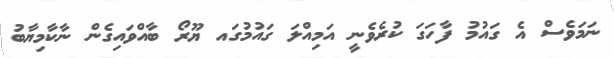
ނަމަވެސް އެ ގައުމު ފާހަގަ ކުރެވެނީ އަމިއްލަ ގައުމުގައ ޔޫރޯ ބާއްވައިގެން ނާކާމިޔާބު